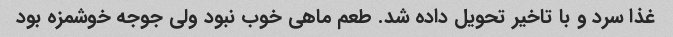
غذا سرد و با تاخیر تحویل داده شد. طعم ماهی خوب نبود ولی جوجه خوشمزه بود